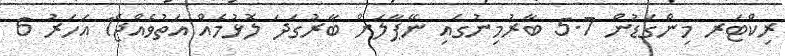
ރިކްޓަރ މިންގަޑުން 5.7 ބާރުމިނުގައި ނޭޕާލަށް ބާރުގަދަ ލޮޅުމެއް އަތުވެއްޖެ1 އަހަރު 6